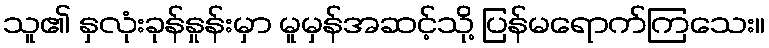
သူ၏ နှလုံးခုန်နှုန်းမှာ မူမှန်အဆင့်သို့ ပြန်မရောက်ကြသေး။